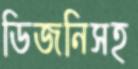
ডিজনিসহ